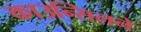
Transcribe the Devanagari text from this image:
काउन्सिलने